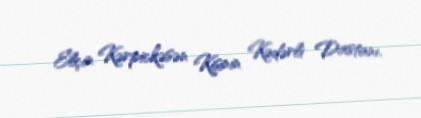
Elçin Kərpickəsən Kişinin Kədərli Dastanı.